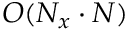
O ( N _ { x } \cdot N )